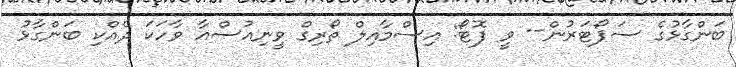
ބަންގާޅުގެ ސަޕޯޓަރުން-- ވީ ފޮޓޯ: އިސްމާއިލް ތޯރިގް ވީނިއުސްއާ ވާހަކަ ދެއްކި ބަންގާޅު